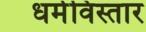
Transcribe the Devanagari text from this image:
धर्मविस्तार